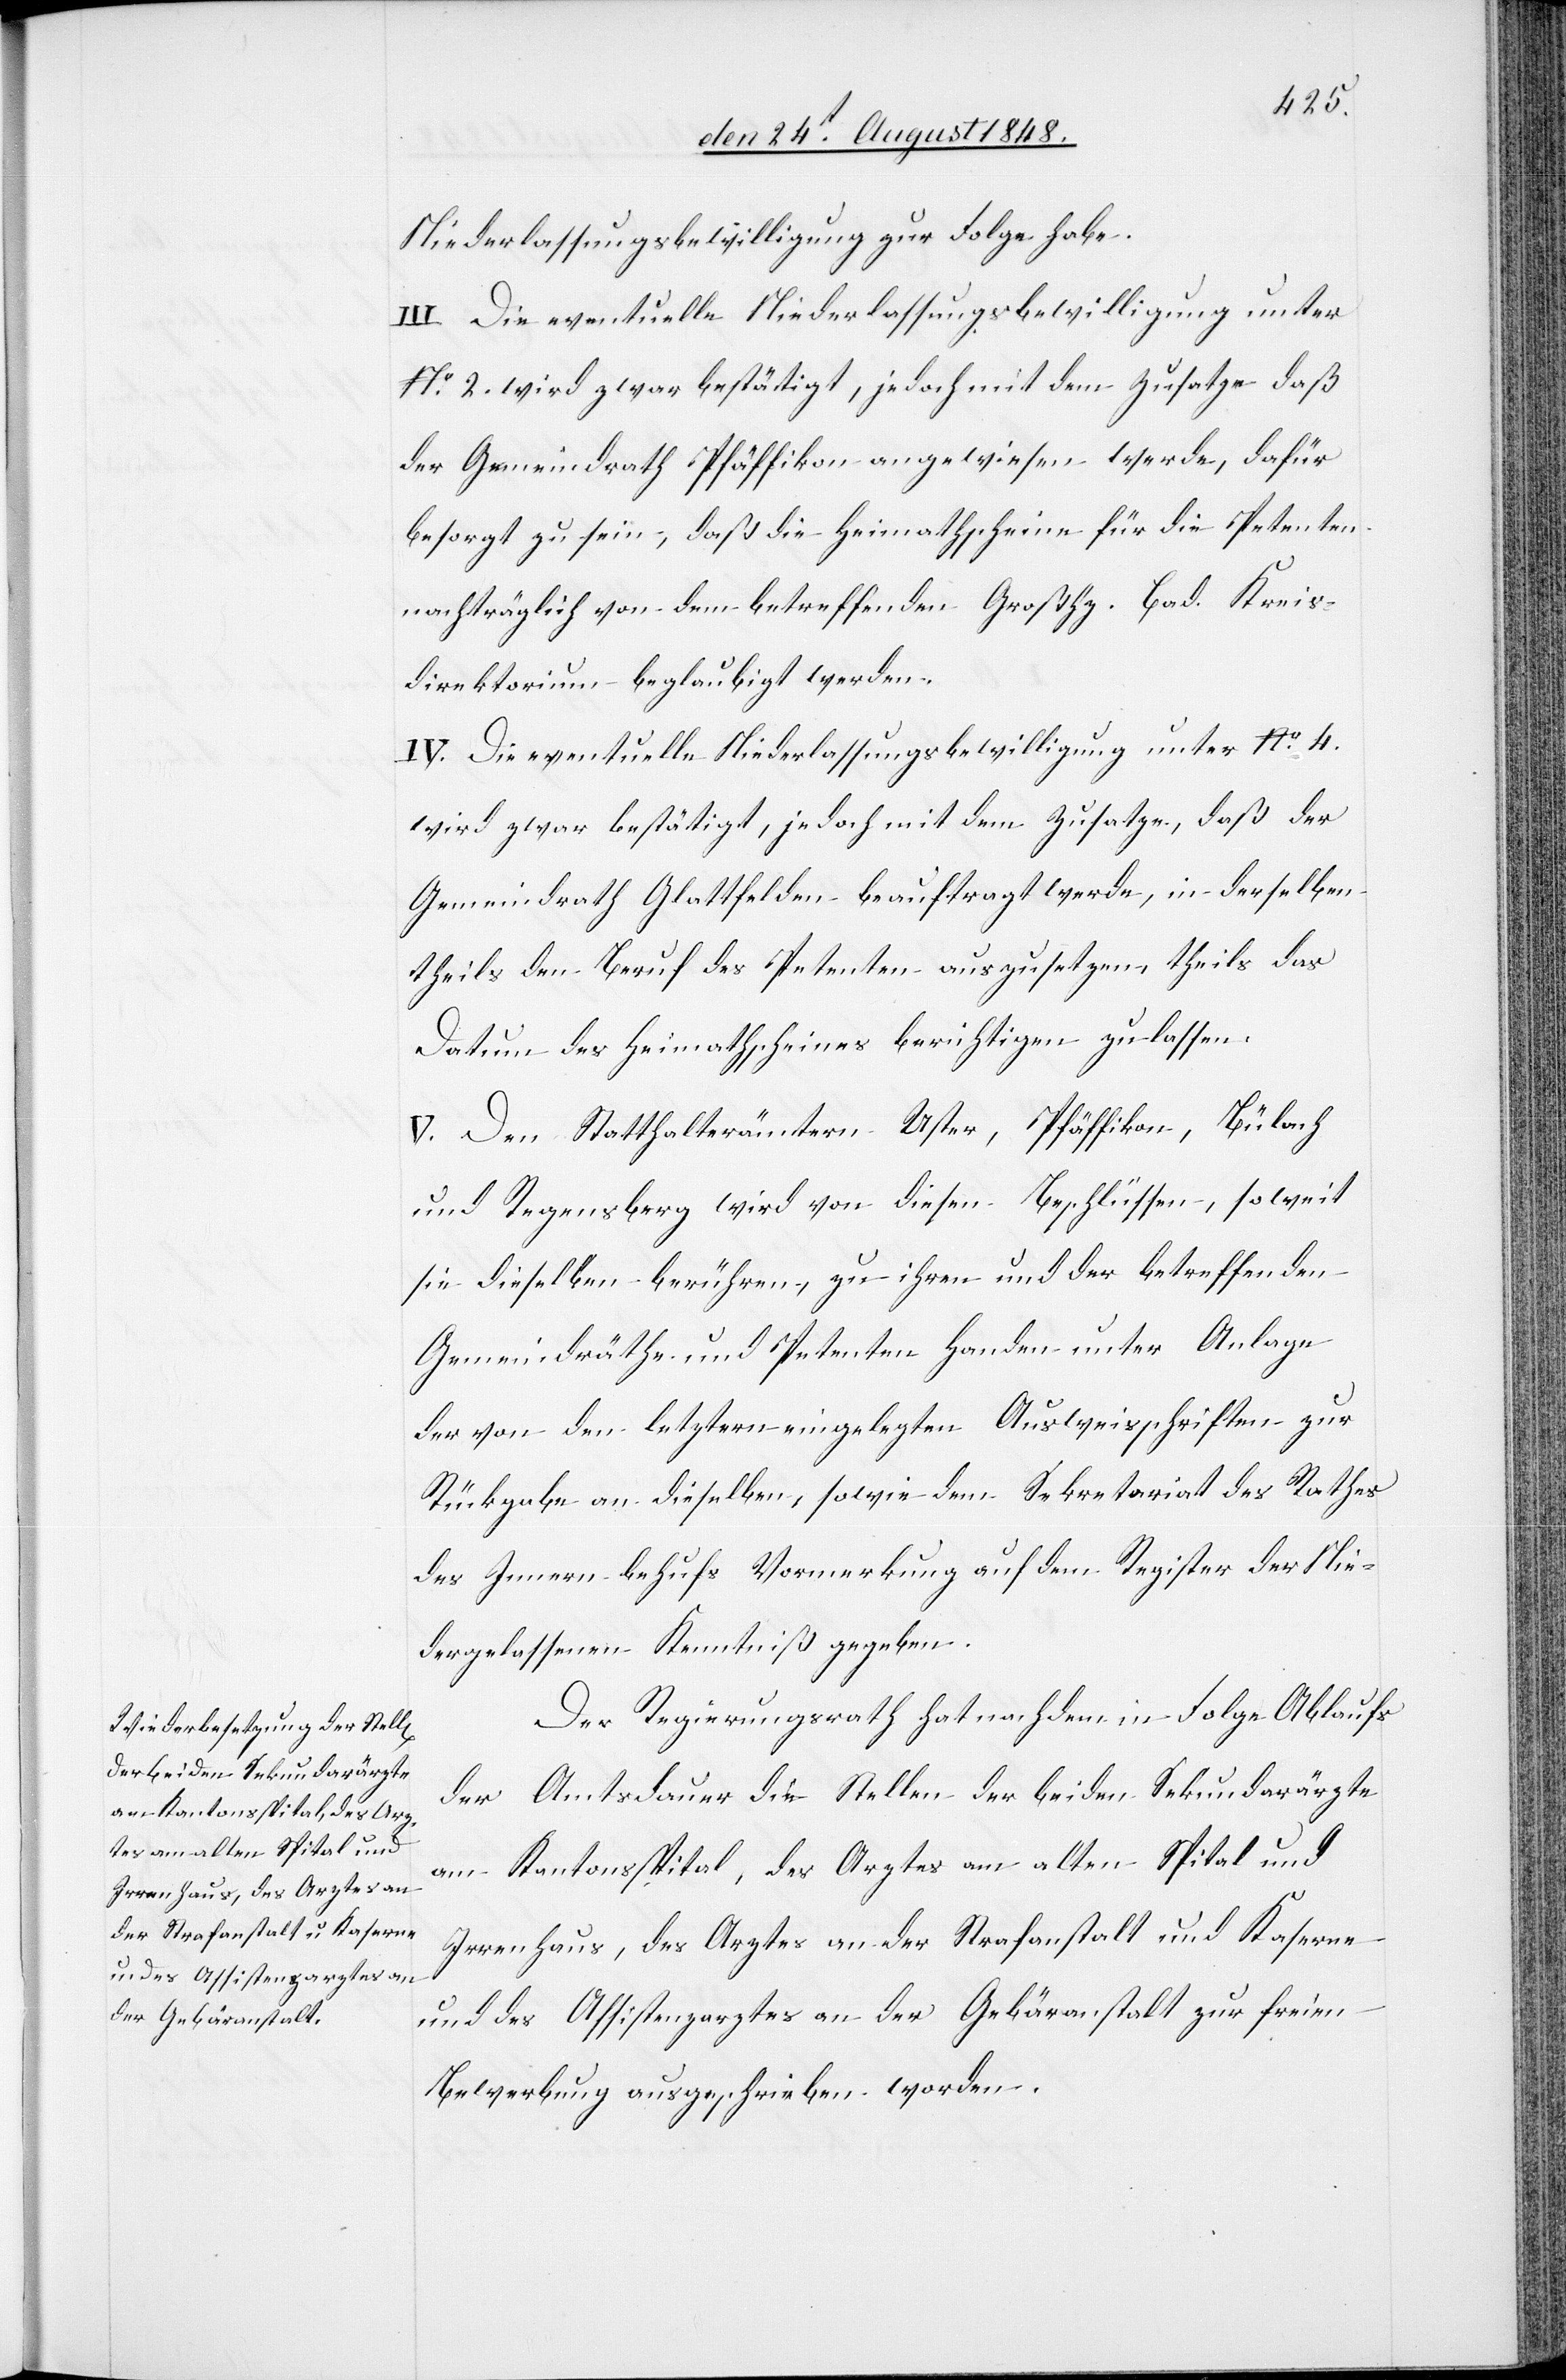
Niederlassungsbewilligung zur Folge habe.
III. Die eventuelle Niederlassungsbewilligung unter
No 2. wird zwar bestätigt, jedoch mit dem Zusatze daß
der Gemeindrath Pfäffikon angewiesen werde, dafür
besorgt zu sein, daß die Heimathscheine für die Petenten
nachträglich von dem betreffenden Großhz. Bad. Kreis¬
direktorium beglaubigt werden.
IV. Die eventuelle Niederlassungsbewilligung unter No 4.
wird zwar bestätigt, jedoch mit dem Zusatze, daß der
Gemeindrath Glattfelden beauftragt werde, in derselben
theils den Beruf des Petenten auszusetzen, theils das
Datum des Heimathscheines berichtigen zu lassen.
V. Den Statthalterämtern Uster, Pfäffikon, Bülach
und Regensberg wird von diesen Beschlüssen, soweit
sie dieselben berühren, zu ihren und der betreffenden
Gemeindräthe und Petenten Handen unter Anlage
der von den letztern eingelegten Ausweisschriften zur
Rückgabe an dieselben, sowie dem Sekretariat des Rathes
des Innern behufs Vormerkung auf dem Register der Nie¬
dergelassenen Kenntniß gegeben.
Der Regierungsrath hat nach dem in Folge Ablaufs
der Amtsdauer die Stellen der beiden Sekundarärzte
am Kantonsspital, des Arztes am alten Spital und
Irrenhaus, des Arztes an der Strafanstalt und Kaserne
und des Assistenzarztes an der Gebäranstalt zur freien
Bewerbung ausgeschrieben worden.